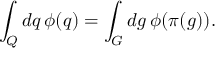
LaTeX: \int _ { Q } d q \, \phi ( q ) = \int _ { G } d g \, \phi ( \pi ( g ) ) .